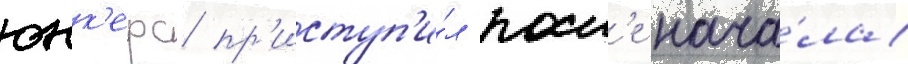
юнк'ерс пр'иступ'и́л посл'е нача́ла